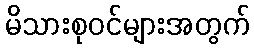
မိသားစုဝင်များအတွက်